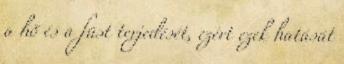
a hõ és a füst terjedését, ezért ezek hatását